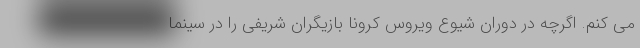
می کنم. اگرچه در دوران شیوع ویروس کرونا بازیگران شریفی را در سینما